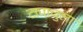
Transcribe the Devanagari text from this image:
टापाचुला